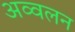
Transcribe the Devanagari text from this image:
अव्वलन